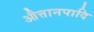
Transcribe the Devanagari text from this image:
औत्तानपादि